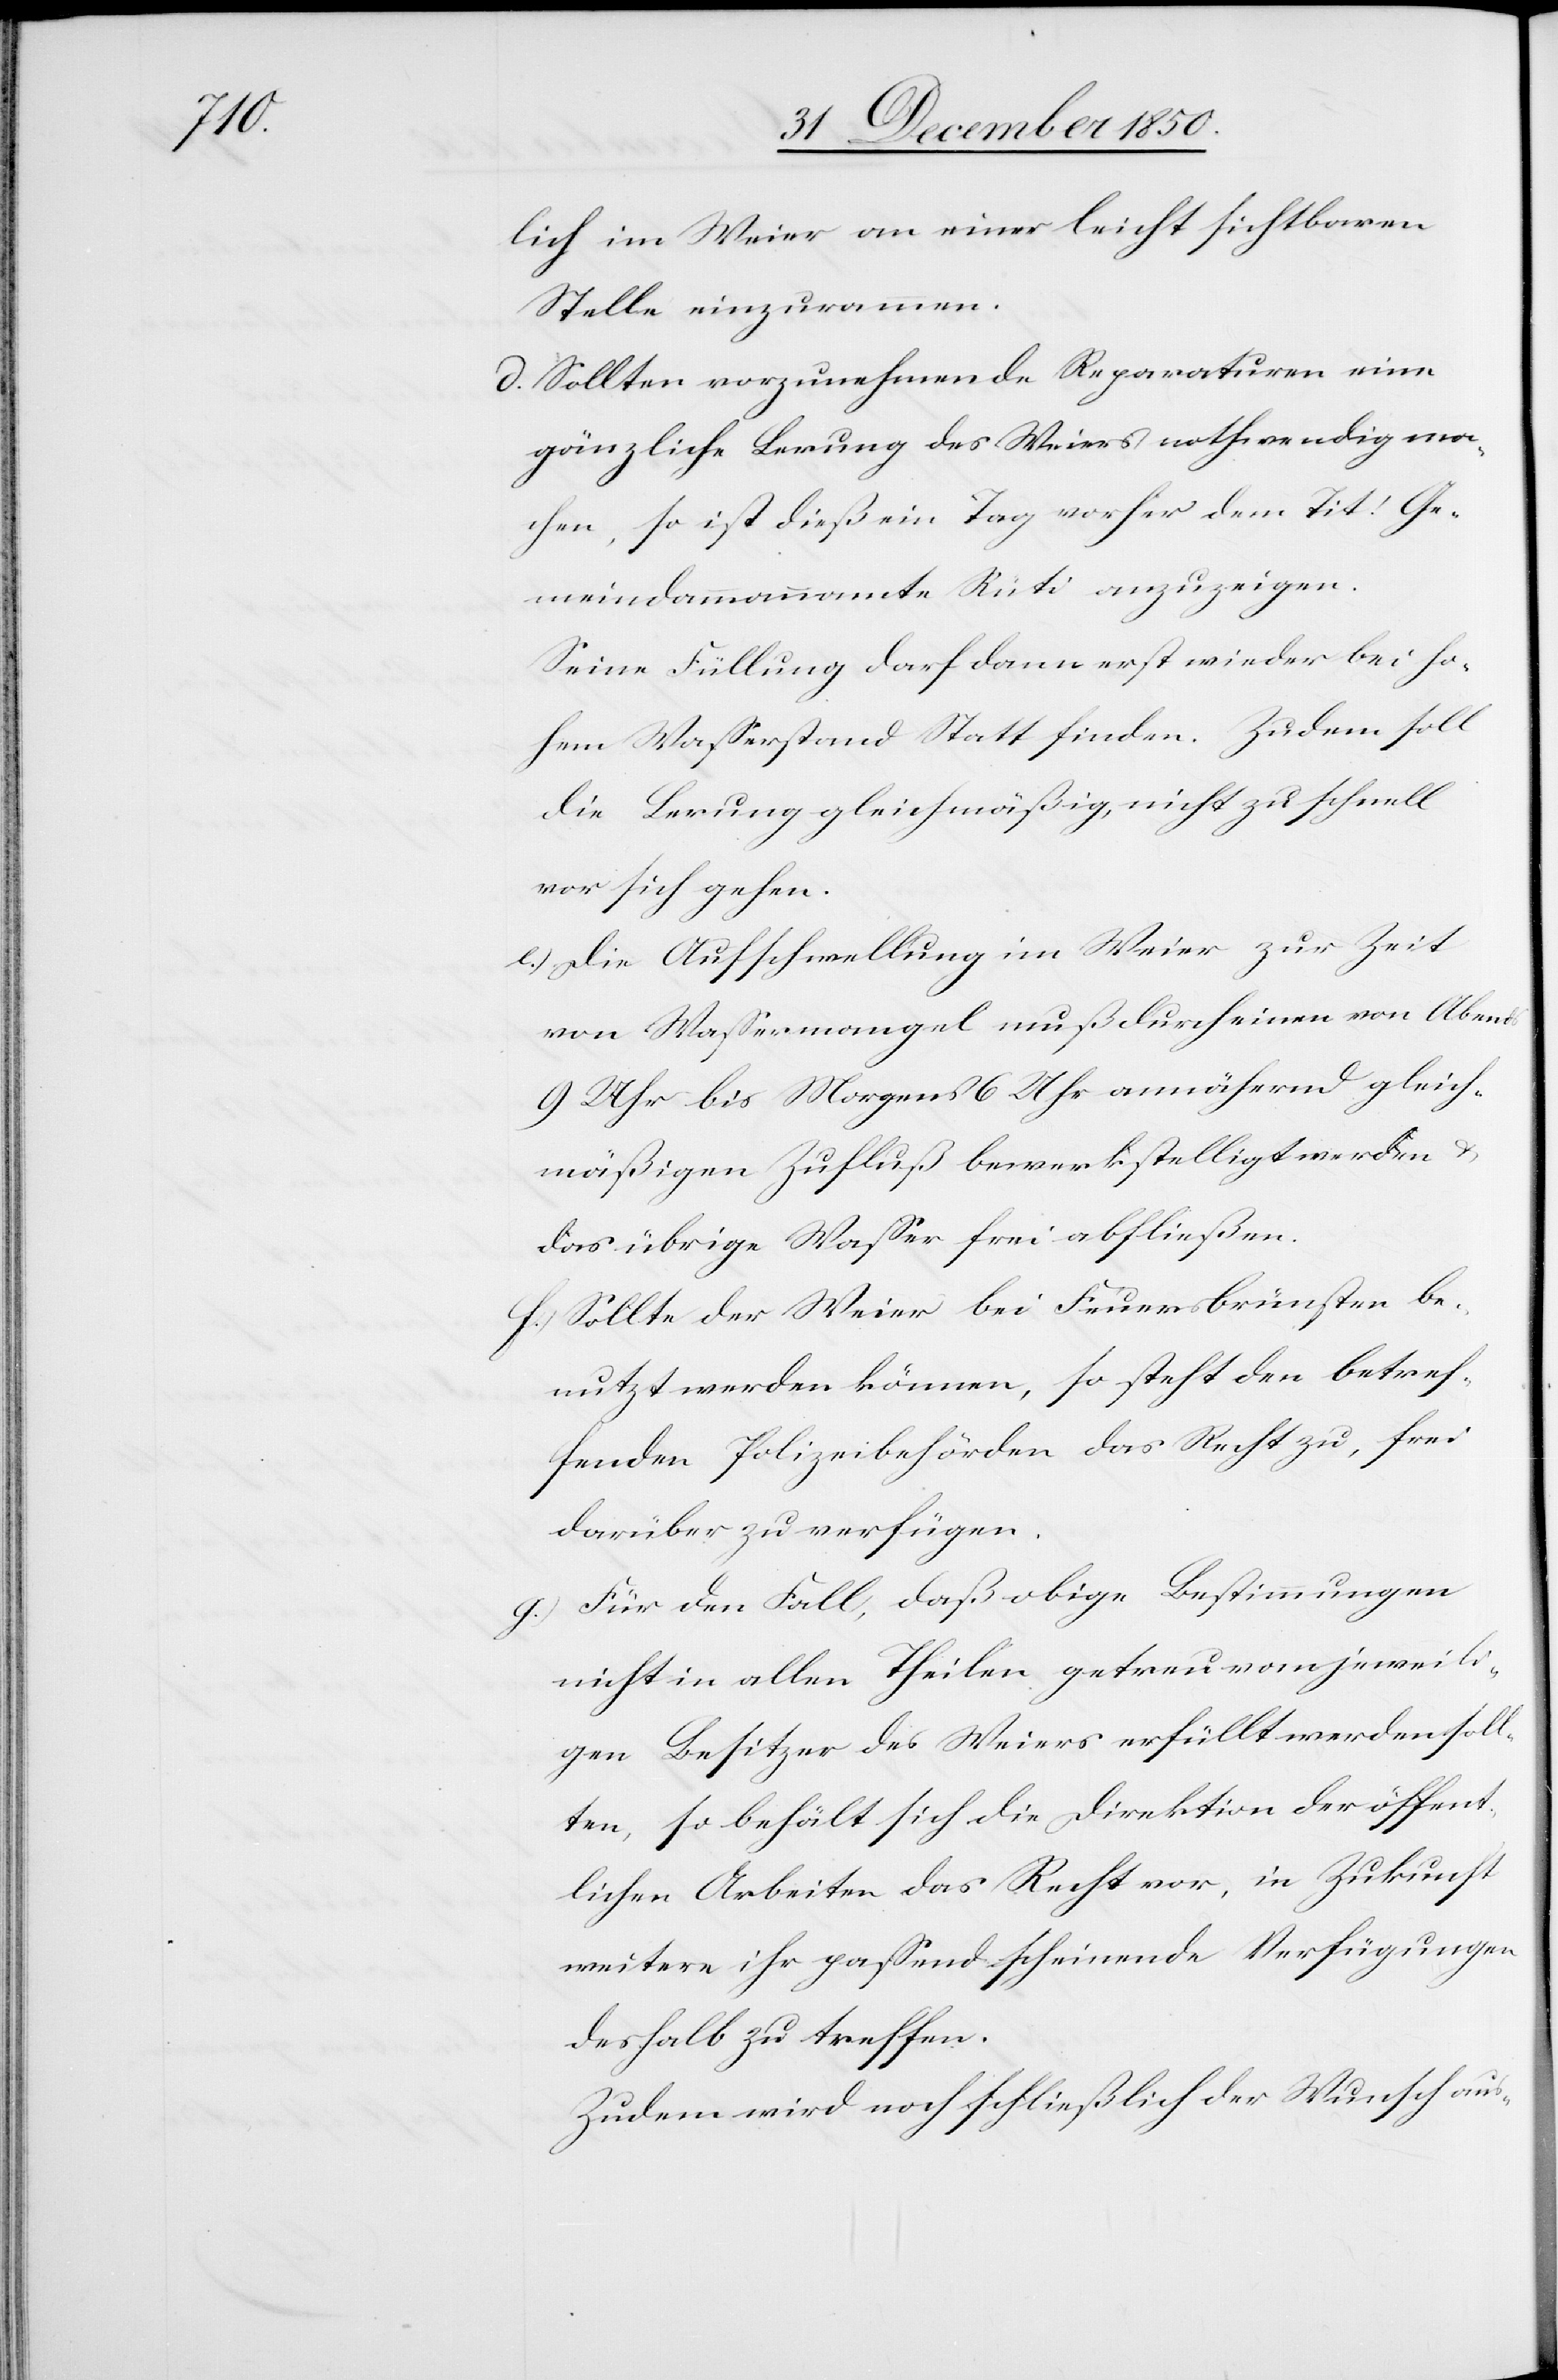
lich im Weier an einer leicht sichtbaren
Stelle einzurammen.
d. Sollten vorzunehmende Reparaturen eine
gänzliche Lerung des Weiers nothwendig ma¬
chen, so ist dieß ein Tag vorher dem Tit. Ge¬
meindammannamte Rüti anzuzeigen.
Seine Füllung darf dann erst wieder bei ho¬
hem Wasserstand Statt finden. Zudem soll
die Lerung gleichmäßig, nicht zu schnell
vor sich gehen.
e.) Die Aufschwellung im Weier zur Zeit
von Wassermangel muß durch einen von Abends
9 Uhr bis Morgens 6 Uhr annähernd gleich¬
mäßigen Zufluß bewerkstelligt werden u.
das übrige Wasser frei abfließen.
f.) Sollte der Weier bei Feuersbrünsten be¬
nutzt werden können, so steht den betref¬
fenden Polizeibehörden das Recht zu, frei
darüber zu verfügen.
g.) Für den Fall, daß obige Bestimmungen
nicht in allen Theilen getreu vom jeweili¬
gen Besitzer des Weiers erfüllt werden soll¬
ten, so behält sich die Direktion der öffent¬
lichen Arbeiten das Recht vor, in Zukunft
weitere ihr passend scheinende Verfügungen
deshalb zu treffen.
Zudem wird noch schließlich der Wunsch aus-